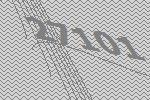
27101